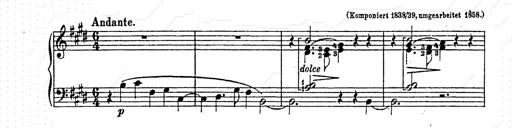
Title: AnnÃ©es de pÃ¨lerinage II
Composer: Franz Liszt